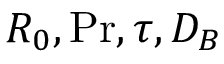
R _ { 0 } , \ensuremath { \mathrm { P r } } , \tau , D _ { B }